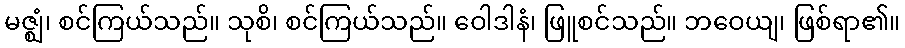
မဇ္ဈံ၊ စင်ကြယ်သည်။ သုစိ၊ စင်ကြယ်သည်။ ဝေါဒါနံ၊ ဖြူစင်သည်။ ဘဝေယျ၊ ဖြစ်ရာ၏။